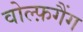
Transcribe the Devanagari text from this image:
वोल्फ़गैंग